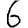
Digit: 6